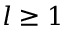
l \geq 1